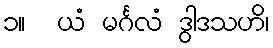
၁။  ယံ မင်္ဂလံ ဒွါဒသဟိ၊